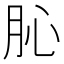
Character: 𦙦